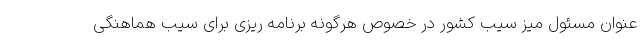
عنوان مسئول میز سیب کشور در خصوص هرگونه برنامه ریزی برای سیب هماهنگی